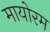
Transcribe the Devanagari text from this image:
मायोरम